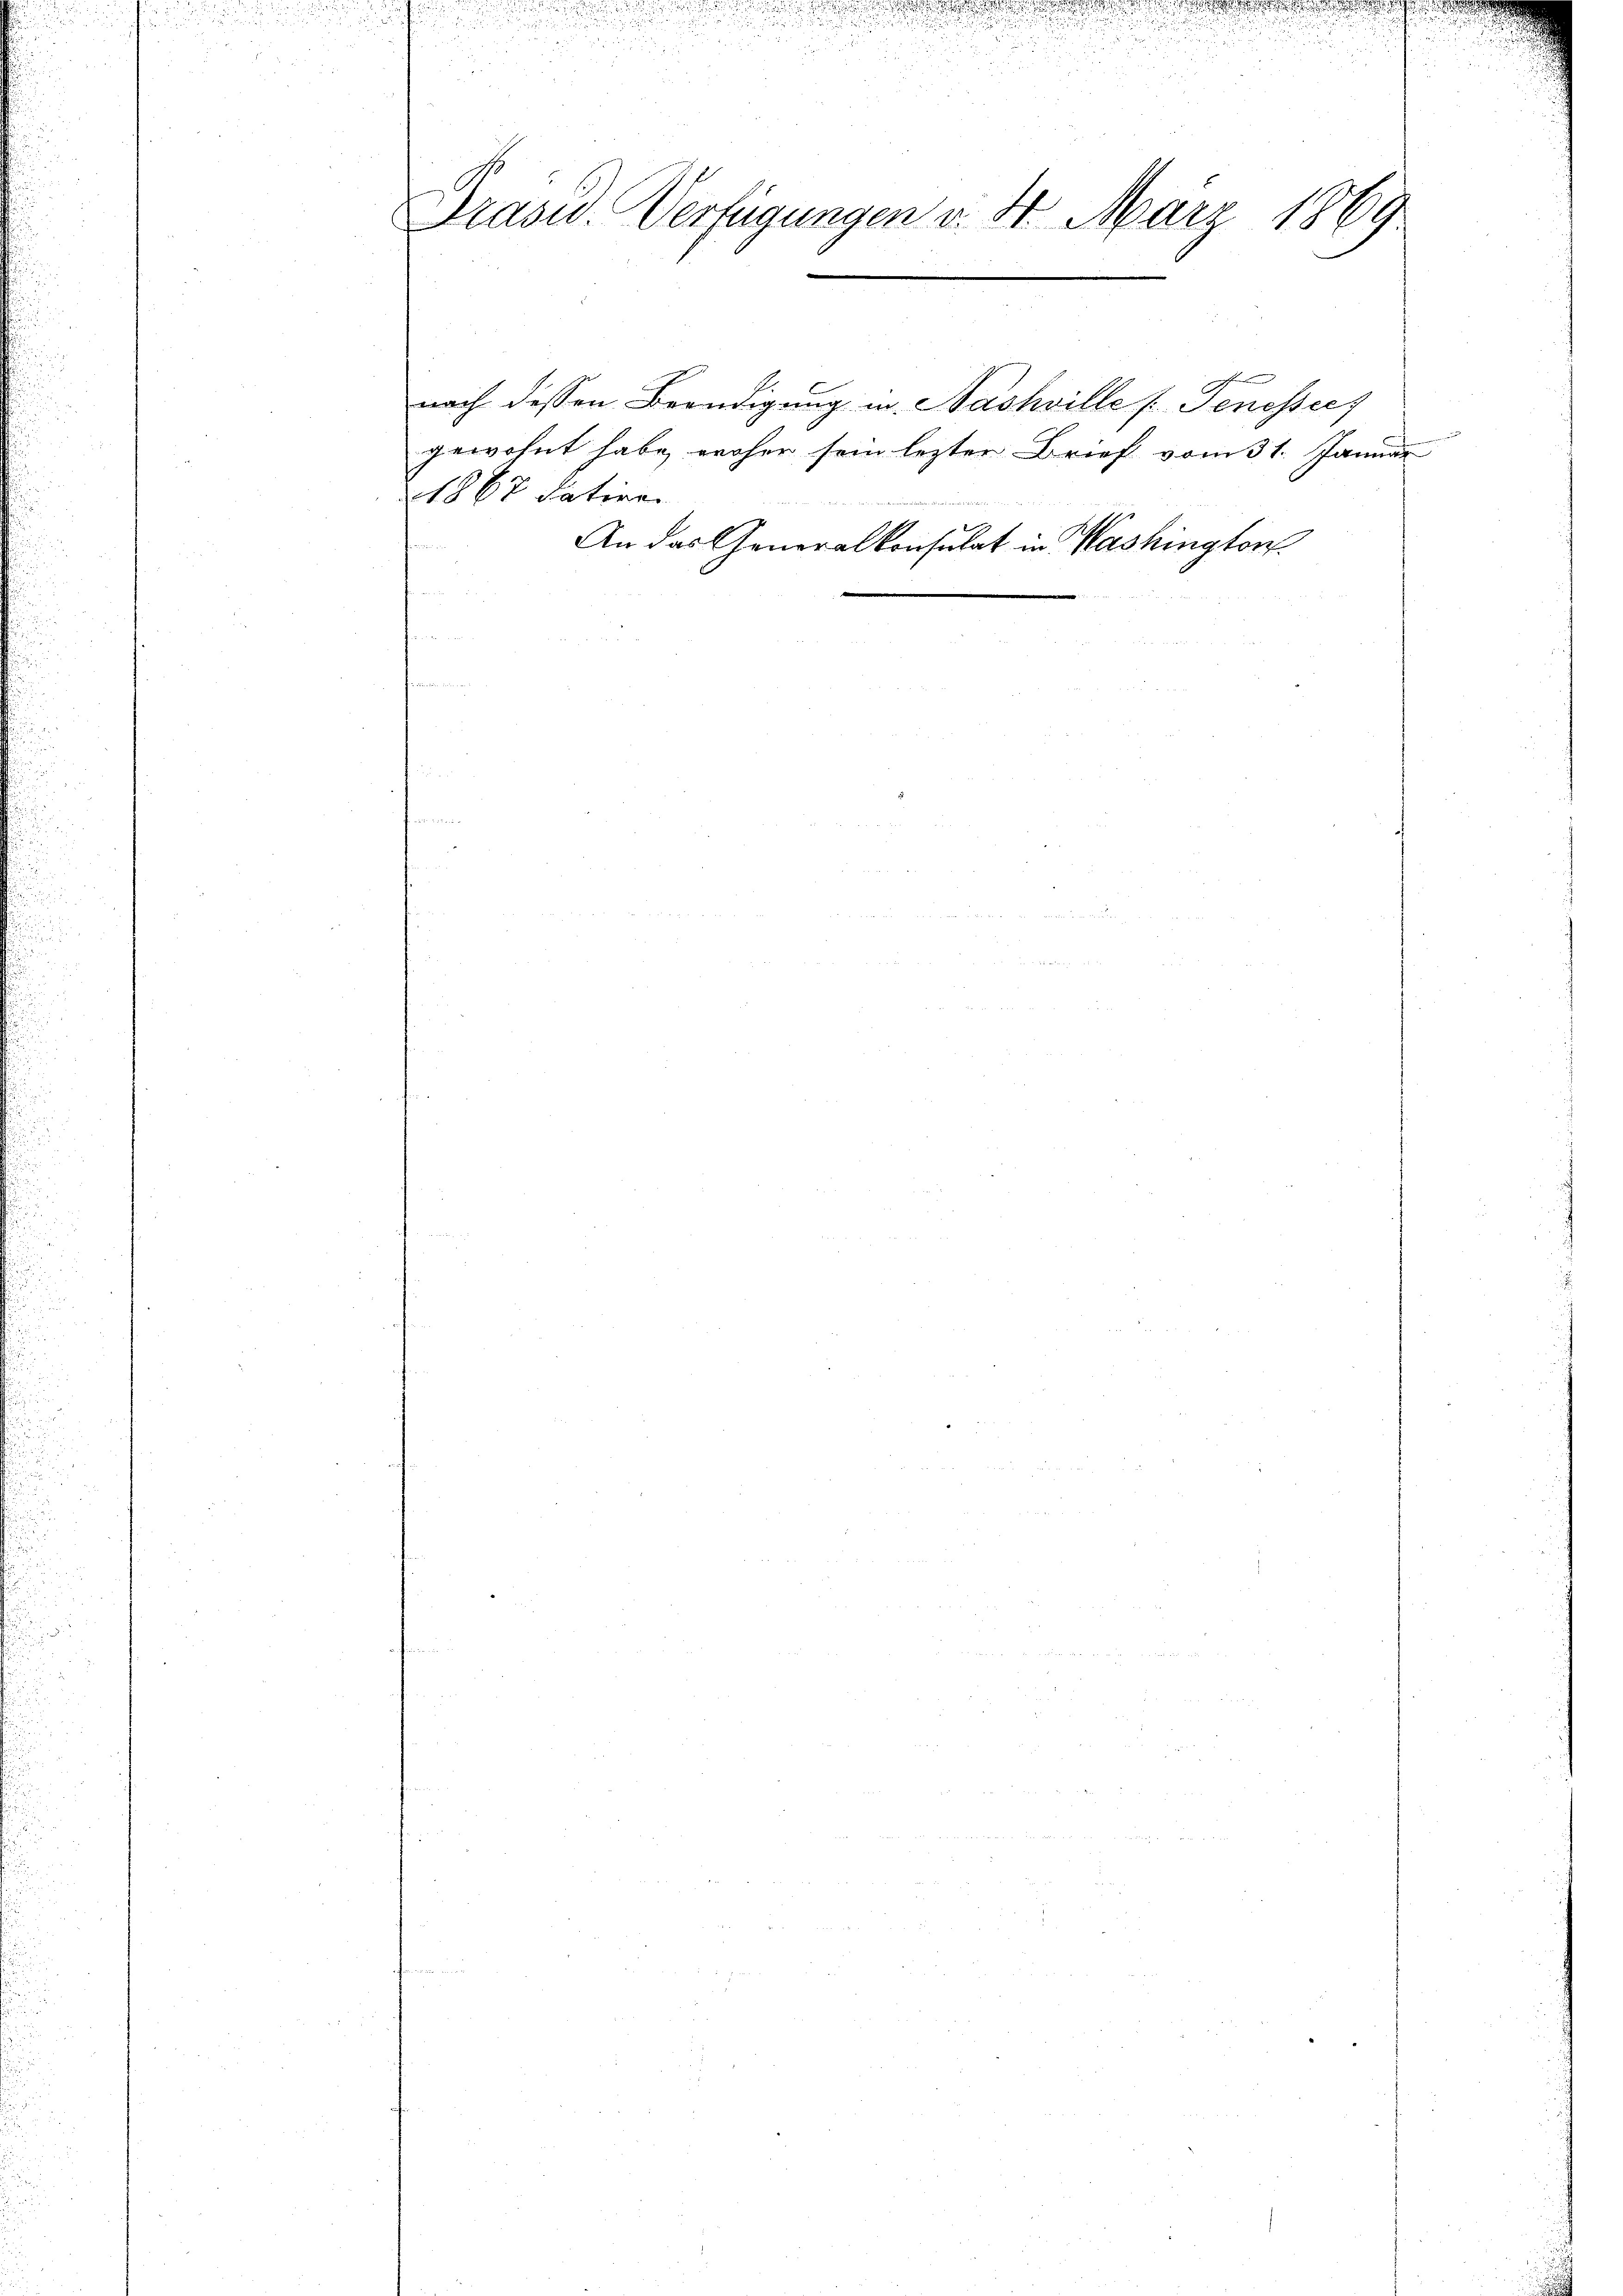
Präsid. Verfügungen v. 8. März 1869

1867 dativen
freien.

h
nach dessen Beendigung in Nashville Jenessec
gewohnt habe, woher sein lezten Brief vom 31. Januar

An das Generalkonsulat in Washington